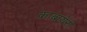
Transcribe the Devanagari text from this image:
काबायेरो